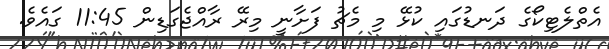
އެތްލެޓިކޯގެ ދަނޑުގައި ކުޅޭ މި މެޗު ފަށާނީ މިރޭ ރާއްޖެގަޑިން 11:45 ގައެވެ.